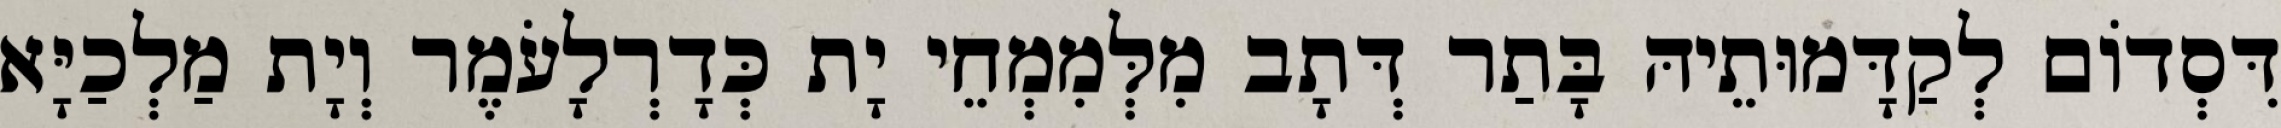
דִּסְדוֹם לְקַדָּמוּתֵיהּ בָּתַר דְּתָב מִלְּמִמְחֵי יָת כְּדָרְלָעֹמֶר וְיָת מַלְכַיָּא